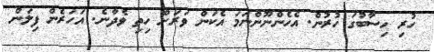
ހުރި ހިސާބުގަ ހުރުން. އެހެންނޫންނަމަ އެކަން ވަރަށް ހިތި ވެދާނެ. އަހަރެން ފިލަން